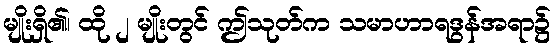
မျိုးရှိ၏၊ ထို ၂ မျိုးတွင် ဤသုတ်က သမာဟာရဒွန်အရာ၌